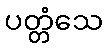
ပတ္တံသေ